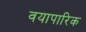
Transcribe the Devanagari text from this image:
वयापारिक